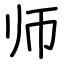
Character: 师